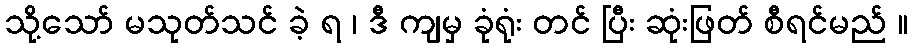
သို့သော် မသုတ်သင် ခဲ့ ရ ၊ ဒီ ကျမှ ခုံရုံး တင် ပြီး ဆုံးဖြတ် စီရင်မည် ။